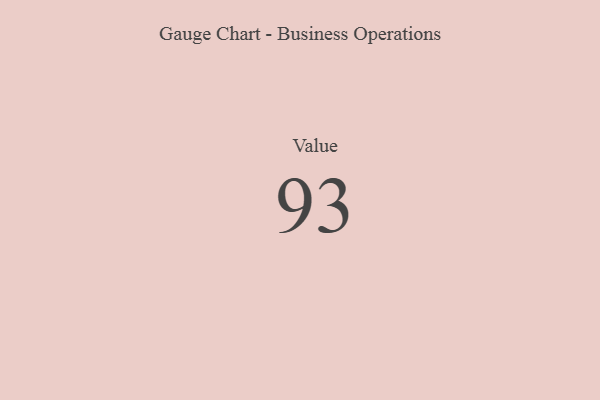
{"axis": {"x": "Metric", "y": "Value"}, "legend": [""], "data": [{"x": "Value", "y": 93, "type": ""}]}